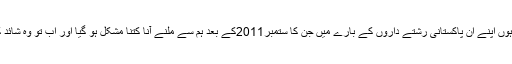
ساتھ میں سوچتی ہوں اپنے اُن پاکستانی رشتے داروں کے بارے میں جن کا ستمبر2011کے بعد ہم سے ملنے آنا کتنا مشکل ہو گیا اور اب تو وہ شائد کبھی آہی نا سکیں۔